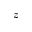
z